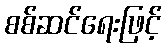
စစ်ဆင်ရေးဖြင့်